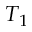
T _ { 1 }